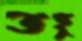
তহু